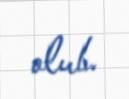
olub.